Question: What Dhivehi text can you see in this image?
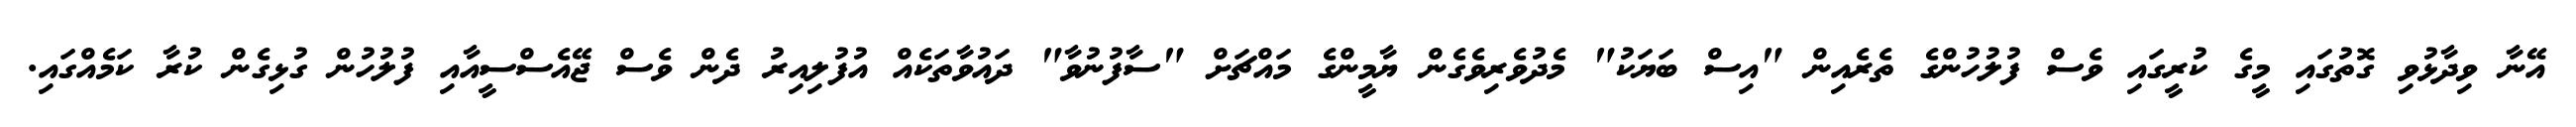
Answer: އޭނާ ވިދާޅުވި ގޮތުގައި މީގެ ކުރީގައި ވެސް ފުލުހުންގެ ތެރެއިން "އިސް ބަޔަކު" މެދުވެރިވެގެން ޔާމީންގެ މައްޗަށް "ސާފުނުވާ" ދައުވާތަކެއް އުފުލިއިރު ދެން ވެސް ޖޭއެސްސީއާއި ފުލުހުން ގުޅިގެން ކުރާ ކަމެއްގައި.